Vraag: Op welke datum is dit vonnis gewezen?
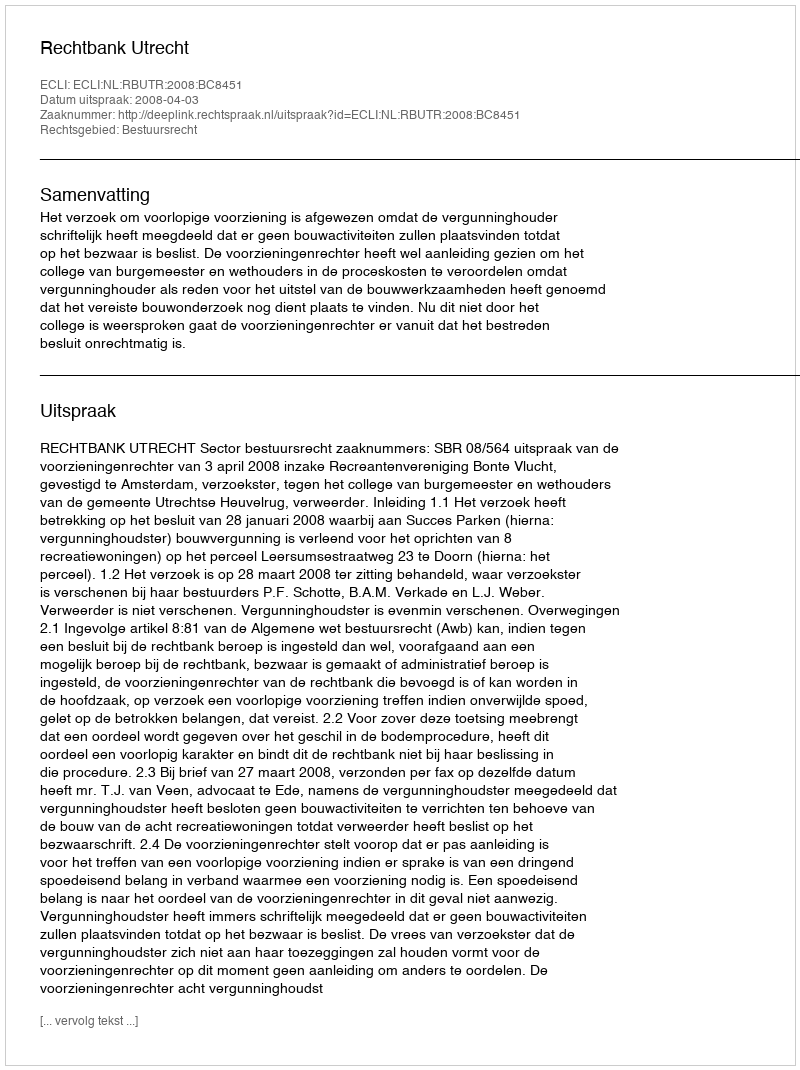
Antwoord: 2008-04-03